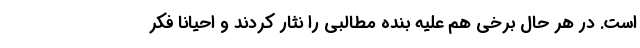
است. در هر حال برخی هم علیه بنده مطالبی را نثار کردند و احیاناً فکر